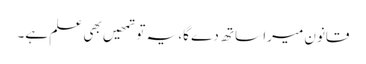
قانون میرا ساتھ دے گا، یہ تو تمھیں بھی علم ہے۔